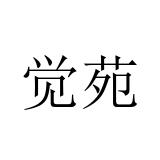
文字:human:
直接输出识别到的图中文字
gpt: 觉苑